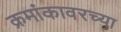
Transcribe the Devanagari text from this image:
क्रमांकावरच्या